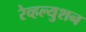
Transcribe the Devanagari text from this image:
रेव्हल्युशन